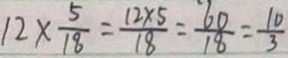
1 2 \times \frac { 5 } { 1 8 } = \frac { 1 2 \times 5 } { 1 8 } = \frac { 6 0 } { 1 8 } = \frac { 1 0 } { 3 }